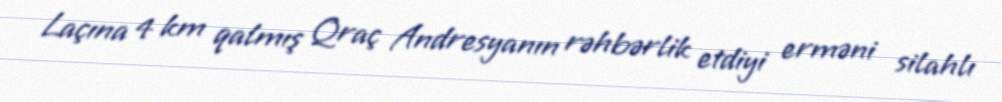
Laçına 4 km qalmış Qraç Andresyanın rəhbərlik etdiyi erməni silahlı